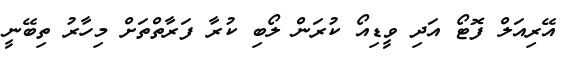
އޭރިއަލް ފޮޓޯ އަދި ވީޑިއޯ ކުރަން ލޯބި ކުރާ ފަރާތްތަށް މިހާރު ތިބޭނީ